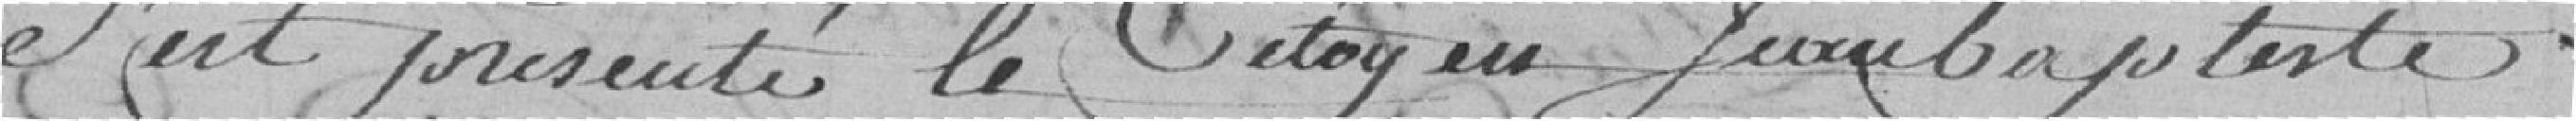
s'est présenté le citoyen Jeanbaptiste